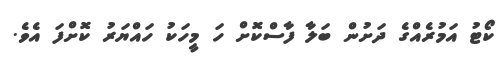
ކޯޓު އަމުރެއްގެ ދަށުން ބަލާ ފާސްކޮށް ހަ މީހަކު ހައްޔަރު ކޮށްފަ އެވެ.